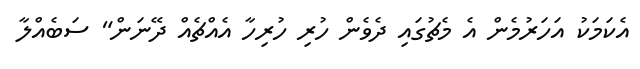
އެކަމަކު އަހަރުމެން އެ މެޗުގައި ދެވެން ހުރި ހުރިހާ އެއްޗެއް ދޭނަން" ސަބެއްލާ